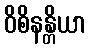
ဝိစိနန္တိယာ